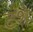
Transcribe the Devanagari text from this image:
टशे